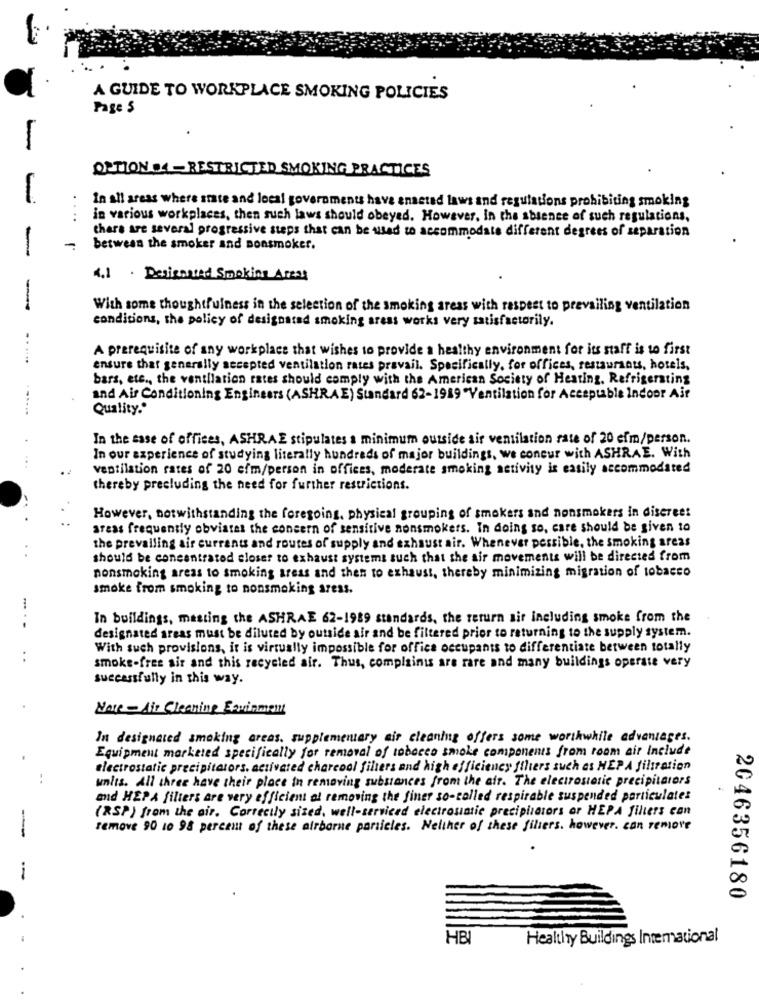
A GUIDE TO WORKPLACE SMOKING POLICIES
Page $
OPTION .4 - RESTRICTED SMOKING PRACTICES
In all areas where state and local governments have ensstad laws and regulations prohibiting smoking
...
in various workplaces, then such laws should obeyed. However, In the absence of such regulations.
there are several progressive steps that can be used to accommodate different degrees of separation
-
-
between the smoker and sonsmoker.
4.1 . Designated Smoking Areas
-
With some thoughtfulness in the selection of the smoking areas with respect to prevailing ventilation
conditions, the policy of designated smoking areas works very satisfactorily.
..
A prerequisite of any workplace that wishes to provide a healthy environment for its staff is to first
ensure that generally secepted ventilation rates pravail. Specifically, for offices, restaurants, hotels,
bars, etc ., the ventilation rates should comply with the American Society of Heating, Refrigerating
and Air Conditioning Engineers (ASHRAE) Standard 62-1919 Ventilation for Acceptable Indoor Air
Quality."
In the case of offices, ASHRAE stipulates a minimum outside air ventilation rate of 20 cfm/person.
In our experience of studying literally hundreds of major buildings, we concur with ASHRAE. With
ventilation rates of 20 cfm/person in offices, moderate smoking setivity is easily accommodated
thereby precluding the need for further restrictions.
However, notwithstanding the foregoing, physical grouping of smokers and nonsmokers in discreet
areas frequently obviates the concern of sensitive nonsmokers. In doing so, care should be given to
the prevailing air currents and routes of supply and exhaust air. Whenever possible, the smoking areas
..
should be concentrated closer to exhaust systems such that the air movements will be directed from
nonsmoking areas to smoking areas and then to exhaust, thereby minimizing migration of tobacco
smoke from smoking to nonsmoking areas.
... ..
In buildings, masting the ASHRAE 62-1989 standards, the return sir including smoke from the
designated areas must be diluted by outside air and be filtered prior to returning to the supply system.
With such provisions, it is virtually impossible for office occupants to differentiate between totally
smoke-free sir and this recycled air. Thus, complaints are rare and many buildings operate very
successfully in this way.
Note - Air Cleaning Equipment
In designated smoking areas. supplementary air cleaning offers some worthwhile advantages.
Equipment marketed specifically for removal of tobacco smoke components from room air Include
electrostatic precipitators. activated charcoal filters and high efficiency fihers such as HEPA filtration
units. All three have their place in removing substances from the air. The electrostatic precipitators
and HEPA filters are very efficient al removing the finer so-called respirable suspended particulates
(RSP) from the air. Correctly sized, well-serviced electrostatic precipiators or HEPA filters can
-
remove 90 10 98 percent of these airborne particles. Neither of these fillers. however. can remove
2046356180
HBI
Healthy Buildings International